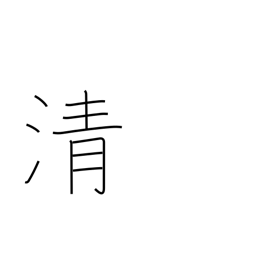
Meaning: cleanse